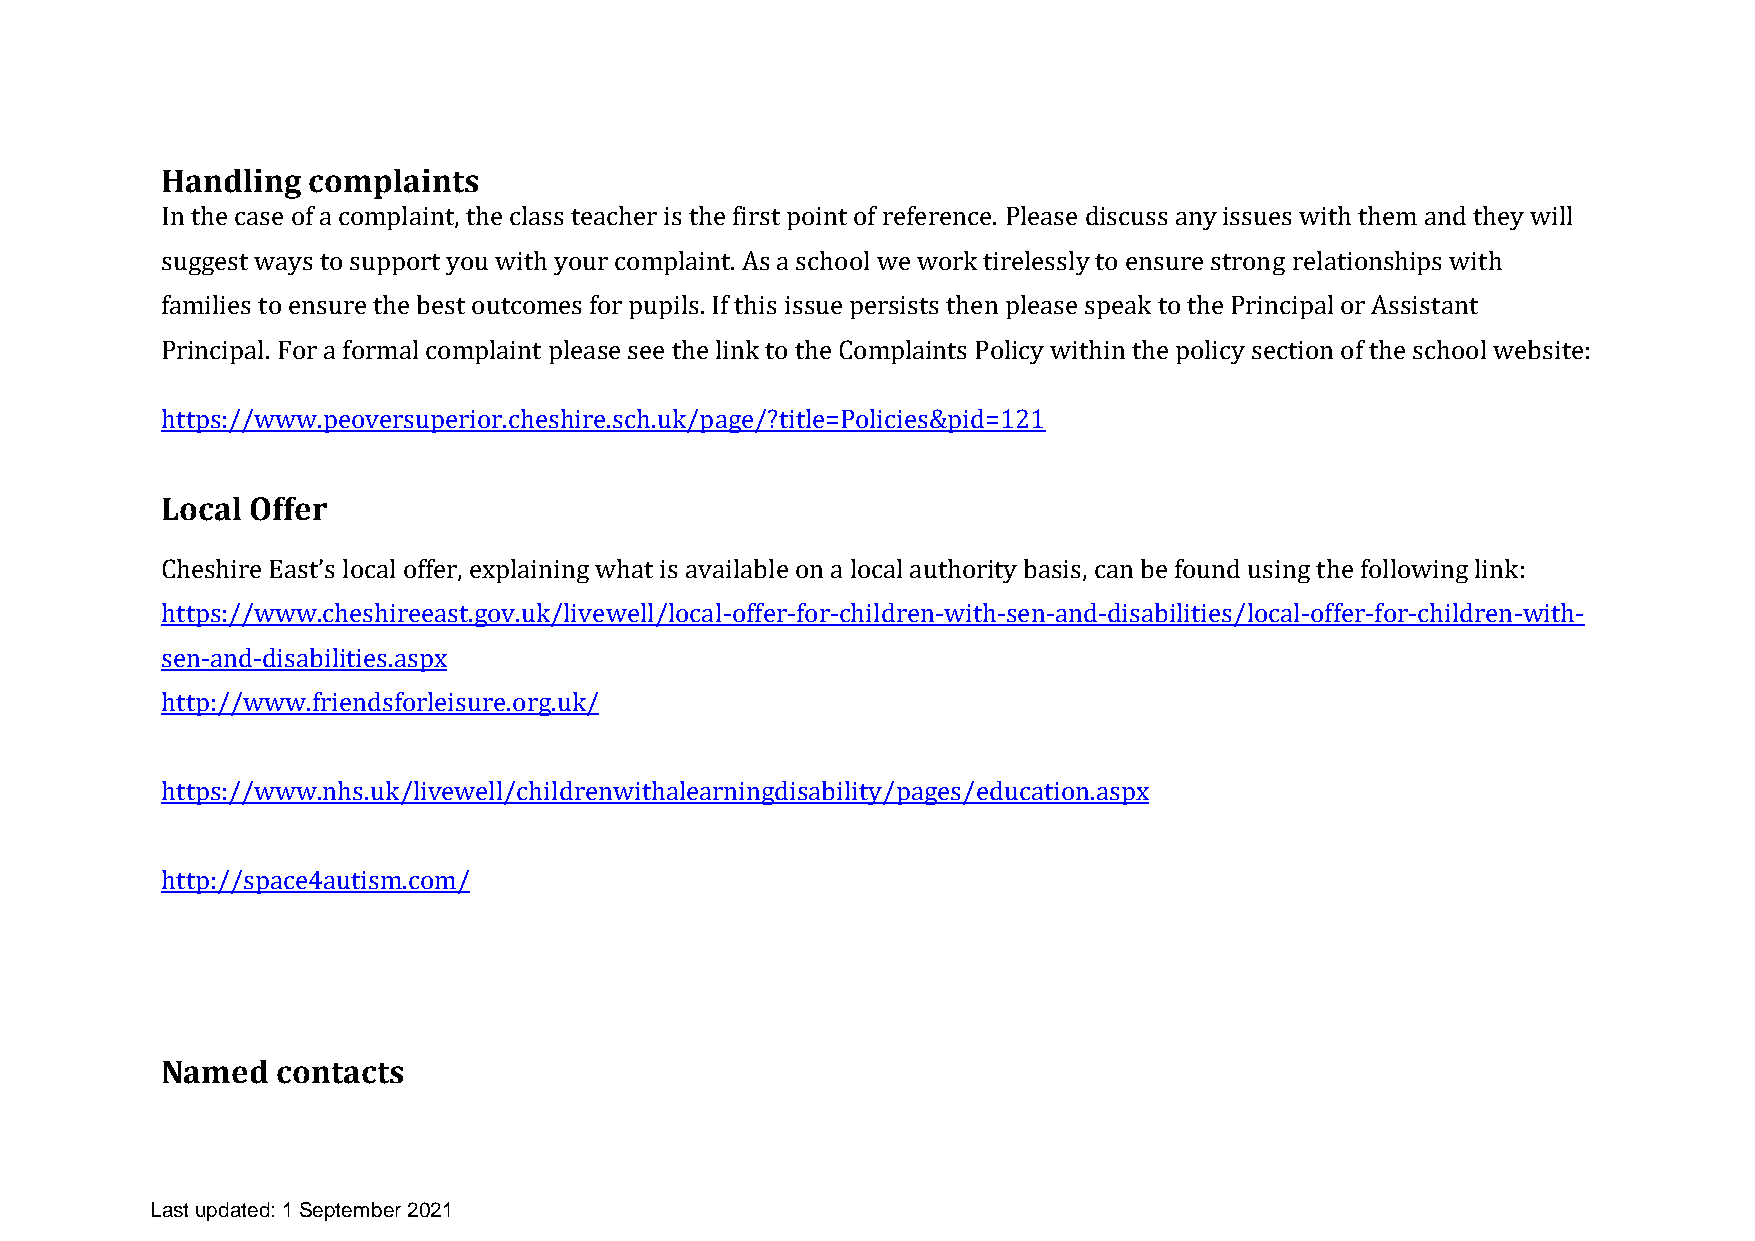
Handling complaints
 In the case of a complaint, the class teacher is the first point of reference. Please discuss any issues with them and they will
 suggest ways to support you with your complaint. As a school we work tirelessly to ensure strong relationships with
 families to ensure the best outcomes for pupils. If this issue persists then please speak to the Principal or Assistant
 Principal. For a formal complaint please see the link to the Complaints Policy within the policy section of the school website:
 https://www.peoversuperior.cheshire.sch.uk/page/?title=Policies&pid=121
 Local Offer
 Cheshire East’s local offer, explaining what is available on a local authority basis, can be found using the following link:
 https://www.cheshireeast.gov.uk/livewell/local-offer-for-children-with-sen-and-disabilities/local-offer-for-children-with-
 sen-and-disabilities.aspx
 http://www.friendsforleisure.org.uk/
 https://www.nhs.uk/livewell/childrenwithalearningdisability/pages/education.aspx
 http://space4autism.com/
 Named  contacts
 Last updated: 1 September 2021